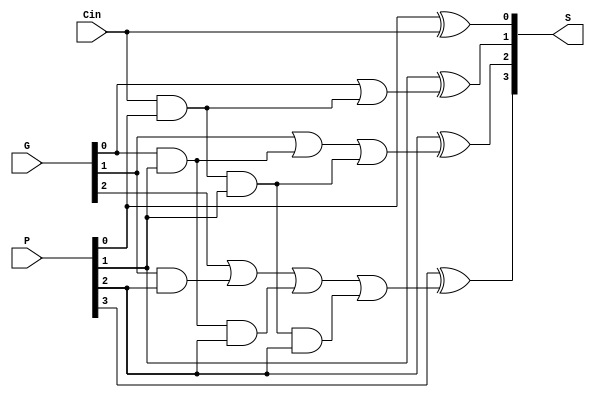
`timescale 1ns / 1ps
module fastAdder4(
        input [3:0] G, P,
        input Cin,
        output [3:0] S
    );
    
    wire [3:0] C;
    assign C[0] = Cin;
    assign #5 C[1] = G[0] | (C[0] & P[0]);
    assign #5 C[2] = G[1] | (G[0] & P[1]) | (C[0] & P[0] & P[1]);
    assign #5 C[3] = G[2] | (G[1] & P[2]) | (G[0] & P[1] & P[2]) | (C[0] & P[0] & P[1] & P[2]);
    genvar i;
	generate for(i=0; i<4; i=i+1) begin
       assign #3 S[i] = P[i] ^ C[i];
    end
    endgenerate

endmodule